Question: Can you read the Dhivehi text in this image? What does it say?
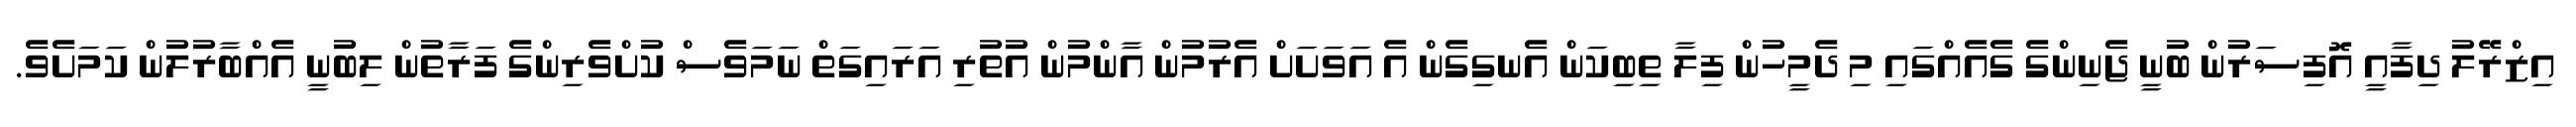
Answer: އިޒްރޭލު ދިފާއީ އޮފިސަރުން ބުނީ ޖެނިންގެ ގެއެއްގައި މި ދެމީހުން ފިލާ ތިބިކަން އެނގިގެން އެ އަވަށަށް އެރުމުން އާންމުން އުތުރި އަރައިގަތް ނަމަވެސް ކުށްވެރިންގެ ފަރާތުން ލިބުނީ އެއްބާރުލުން ކަމަށެވެ.